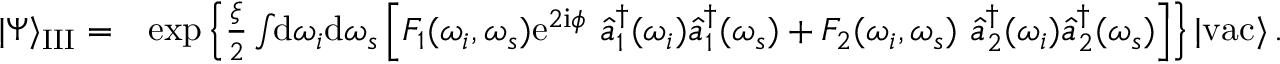
\begin{array} { r l } { | \Psi \rangle _ { \mathrm { I I I } } = } & { \exp \left\{ \frac { \xi } { 2 } \int \! \! \mathrm { d } \omega _ { i } \mathrm { d } \omega _ { s } \left[ F _ { 1 } ( \omega _ { i } , \omega _ { s } ) \mathrm { e } ^ { 2 \mathrm { i } \phi } \, \, \hat { a } _ { 1 } ^ { \dagger } ( \omega _ { i } ) \hat { a } _ { 1 } ^ { \dagger } ( \omega _ { s } ) + F _ { 2 } ( \omega _ { i } , \omega _ { s } ) \, \, \hat { a } _ { 2 } ^ { \dagger } ( \omega _ { i } ) \hat { a } _ { 2 } ^ { \dagger } ( \omega _ { s } ) \right] \right\} | \mathrm { v a c } \rangle \, . } \end{array}